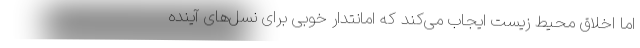
اما اخلاق محیط زیست ایجاب می‌کند که امانتدار خوبی برای نسل‌های آینده